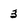
Character: 3